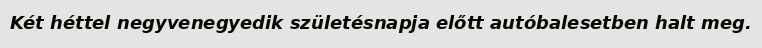
Két héttel negyvenegyedik születésnapja előtt autóbalesetben halt meg.